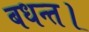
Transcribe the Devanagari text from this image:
बधन्त।